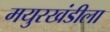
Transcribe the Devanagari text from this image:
मयुरखंडीला